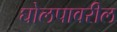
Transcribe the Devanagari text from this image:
घोलपावरील